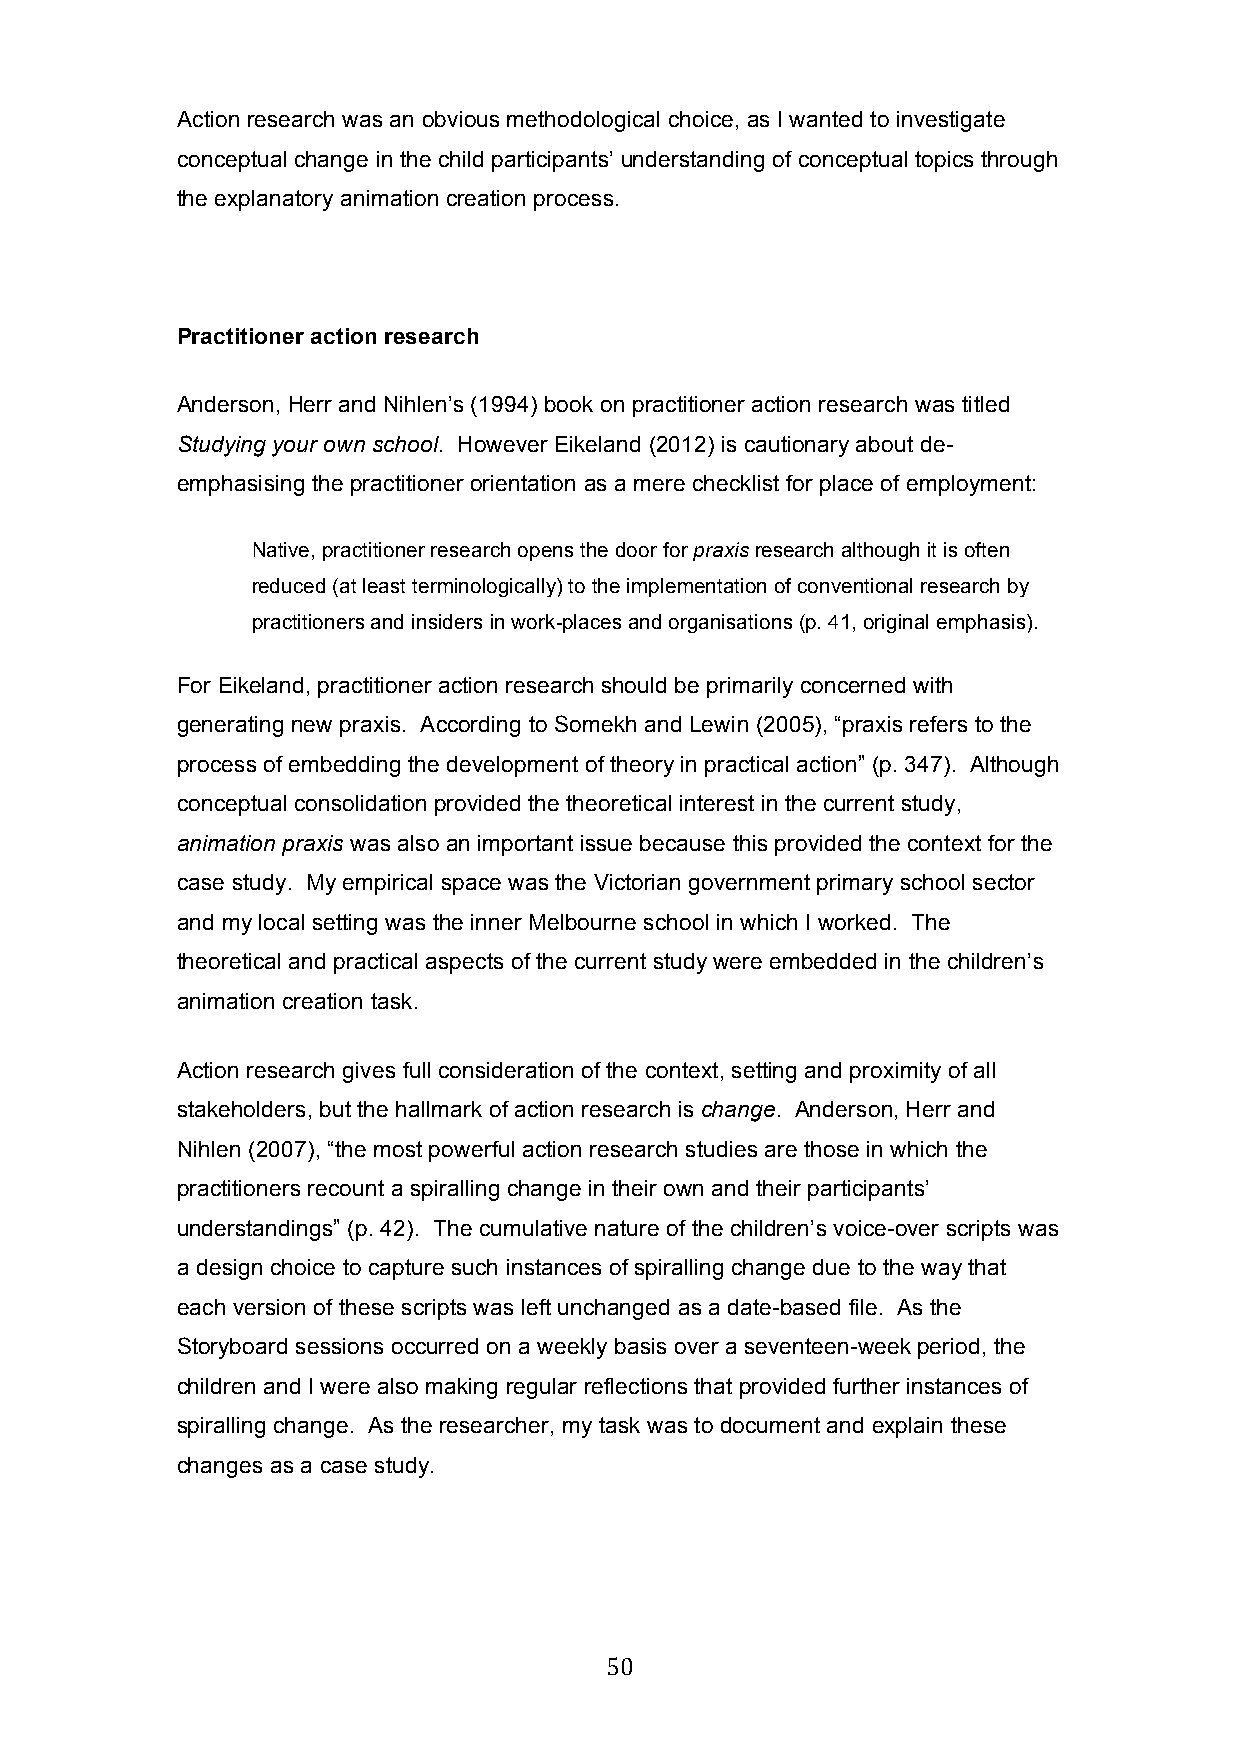
Action research was an obvious methodological choice, as I wanted to investigate
 conceptual change in the child participants’ understanding of conceptual topics through
 the explanatory animation creation process.
 Practitioner action research
 Anderson, Herr and Nihlen’s (1994) book on practitioner action research was titled
 Studying your own school. However Eikeland (2012) is cautionary about de-
 emphasising the practitioner orientation as a mere checklist for place of employment:
 Native, practitioner research opens the door for praxis research although it is often
 reduced (at least terminologically) to the implementation of conventional research by
 practitioners and insiders in work-places and organisations (p. 41, original emphasis).
 For Eikeland, practitioner action research should be primarily concerned with
 generating new praxis. According to Somekh and Lewin (2005), “praxis refers to the
 process of embedding the development of theory in practical action” (p. 347). Although
 conceptual consolidation provided the theoretical interest in the current study,
 animation praxis was also an important issue because this provided the context for the
 case study. My empirical space was the Victorian government primary school sector
 and my local setting was the inner Melbourne school in which I worked. The
 theoretical and practical aspects of the current study were embedded in the children’s
 animation creation task.
 Action research gives full consideration of the context, setting and proximity of all
 stakeholders, but the hallmark of action research is change. Anderson, Herr and
 Nihlen (2007), “the most powerful action research studies are those in which the
 practitioners recount a spiralling change in their own and their participants’
 understandings” (p. 42). The cumulative nature of the children’s voice-over scripts was
 a design choice to capture such instances of spiralling change due to the way that
 each version of these scripts was left unchanged as a date-based file. As the
 Storyboard sessions occurred on a weekly basis over a seventeen-week period, the
 children and I were also making regular reflections that provided further instances of
 spiralling change. As the researcher, my task was to document and explain these
 changes as a case study.
 50